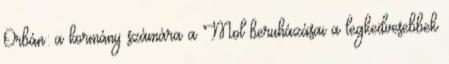
Orbán: a kormány számára a Mol beruházásai a legkedvesebbek